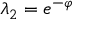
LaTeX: \lambda _ { 2 } = e ^ { - \varphi }